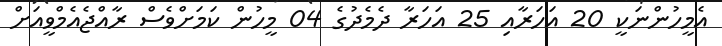
އެމީހުންނަކީ 20 އަހަރާއި 25 އަހަރާ ދެމެދުގެ 04 މީހުން ކަމަށްވެސް ރާއްޖެއެމްވީއަށް